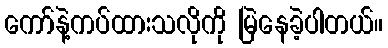
ကော်နဲ့ကပ်ထားသလိုကို မြဲနေခဲ့ပါတယ်။